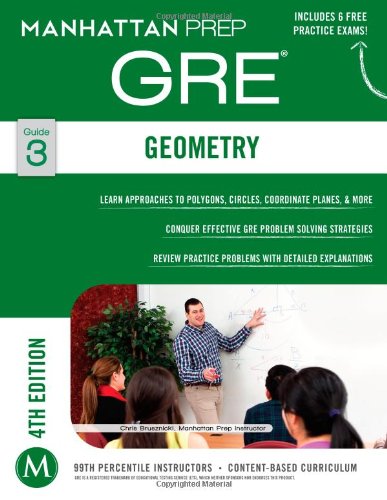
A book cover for GRE Geometry (Manhattan Prep GRE Strategy Guides); Manhattan Prep; Test Preparation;